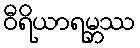
ဝီရိယာရမ္ဘဿ